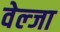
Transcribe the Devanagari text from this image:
वेल्जा